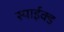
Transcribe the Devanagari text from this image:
स्पाईक्ड